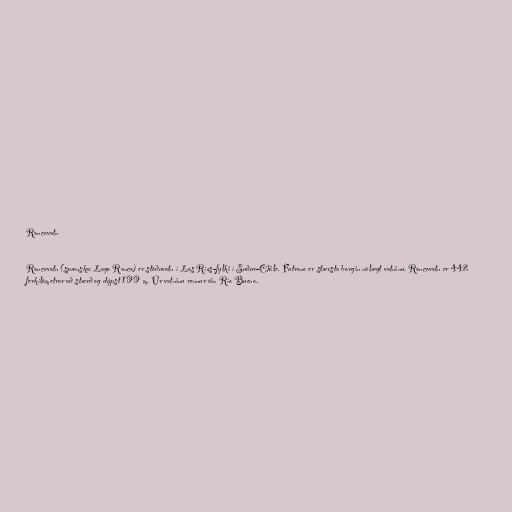
Rancovatn

Rancovatn (spænska: Lago Ranco) er stöðuvatn í Los Ríos-fylki í Suður-Chile. Futrono er stærsta borgin nálægt vatninu. Rancovatn er 442
ferkílómetrar að stærð og dýpst 199 m. Úr vatninu rennur áin Río Bueno.